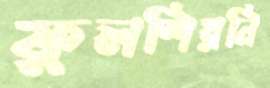
ফুলশিরনি